Senior Leaving Certificate Examination (including Day School Certificate (Higher) General paper), 1949
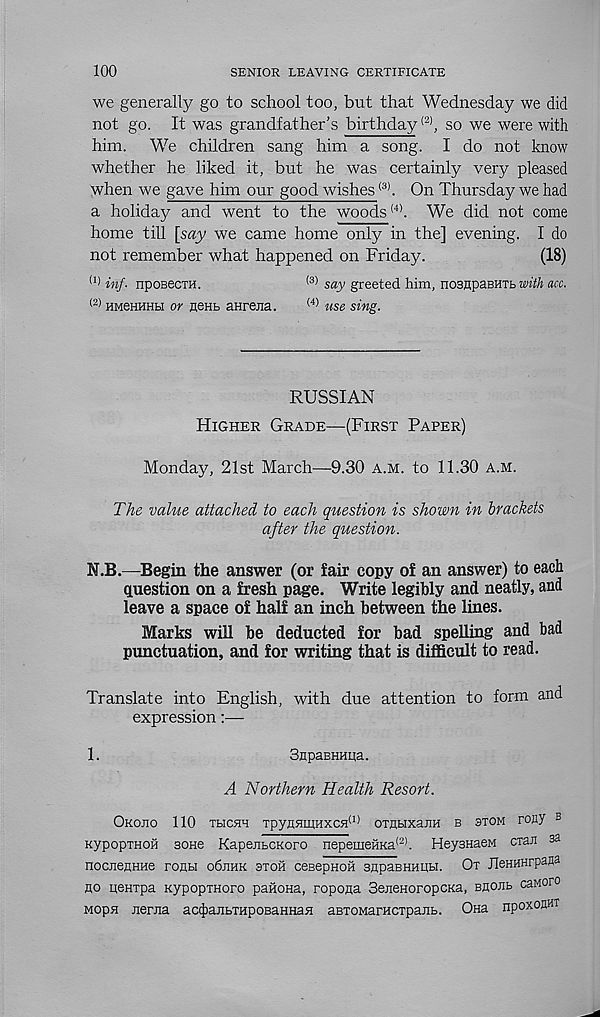
100
SENIOR LEAVING CERTIFICATE
we generally go to school too, but that Wednesday we did
not go. It was grandfather’s birthday (2) , so we were with
him. We children sang him a song. I do not know
whether he liked it, but he was certainly very pleased
when we gave him our good wishes (3> . On Thursday we had
a holiday and went to the woods (4) . We did not come
home till [say we came home only in the] evening. I do
not remember what happened on Friday.
(18)
(1) inf. nposecTH.
(3) say greeted him, nosupaBUTb
acc.
(2)
or neHb anrejia.
(4) use sing.
RUSSIAN
Higher Grade—(First Paper)
Monday, 21st March—9.30 a.m. to 11.30 a.m.
The value attached to each question is shown in brackets
after the question.
N.B.—Begin the answer (or fair copy of an answer) to each
question on a fresh page. Write legibly and neatly, and
leave a space of half an inch between the lines.
Marks will be deducted for bad spelling and bad
punctuation, and for writing that is difficult to read.
Translate into English, with due attention to form and
expression:—
1.
SapaBHHua.
A Northern Health Resort.
Okojio 110 TbicHH Tpyn5nr(Hxc5i (1) oxHbixajiH b stom rony B
KypopTHon sone KapejibCKoro nepemeftKa®. HeysnaeM cxaJi sa
nocnenHHe ronu o6jihk aron ceBepnoH snpaBHimbi. Ox JleHHHrpana
no ueHtpa KypopxHoro panoHa, ropona SeneHoropcKa, BflOEb caMoro
Mopn nema ac^ajibrapoBaHHan aBTOMaracrpajib. Ona npoxoflHX